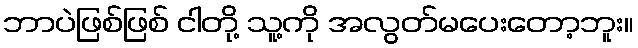
ဘာပဲဖြစ်ဖြစ် ငါတို့ သူ့ကို အလွတ်မပေးတော့ဘူး။